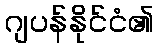
ဂျပန်နိုင်ငံ၏